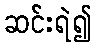
ဆင်းရဲ၍